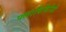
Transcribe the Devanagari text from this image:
फ्लाविविरिडी